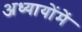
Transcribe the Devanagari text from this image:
अध्यायोंमें